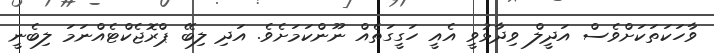
ވާހަކަތަކަށްވެސް އަދީލް ވިދާޅުވީ އެއީ ހަގީގަތެއް ނޫންކަމަށެވެ. އަދި ލިބޭ ޕްރޮޖެކްޓެއްނަމަ ލިބެނީ